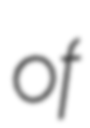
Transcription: of